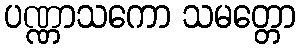
ပဏ္ဏာသကော သမတ္တော